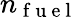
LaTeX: n_{\mathrm{~f~u~e~l~}}